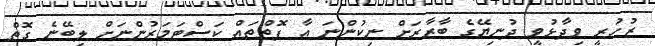
ޒުހުރީ ވިދާޅުވީ ދުނިޔޭގެ ބާޒާރަށް ނިކުންނަ އާ ފޮތްތައް ކަސްޓަމަރުންނަށް ލިބޭނެ ގޮތް